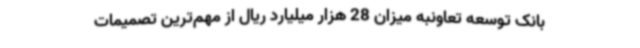
بانک توسعه تعاونبه میزان 28 هزار میلیارد ریال از مهم‌ترین تصمیمات